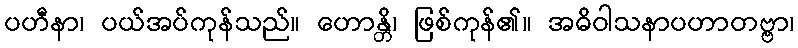
ပဟီနာ၊ ပယ်အပ်ကုန်သည်။ ဟောန္တိ၊ ဖြစ်ကုန်၏။ အဓိဝါသနာပဟာတဗ္ဗာ၊